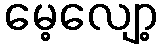
မေ့လျော့